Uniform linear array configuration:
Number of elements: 48
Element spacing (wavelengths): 0.5
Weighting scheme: hann
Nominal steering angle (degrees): -30
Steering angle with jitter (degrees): -29.31
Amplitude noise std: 0.05
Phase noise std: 0.05

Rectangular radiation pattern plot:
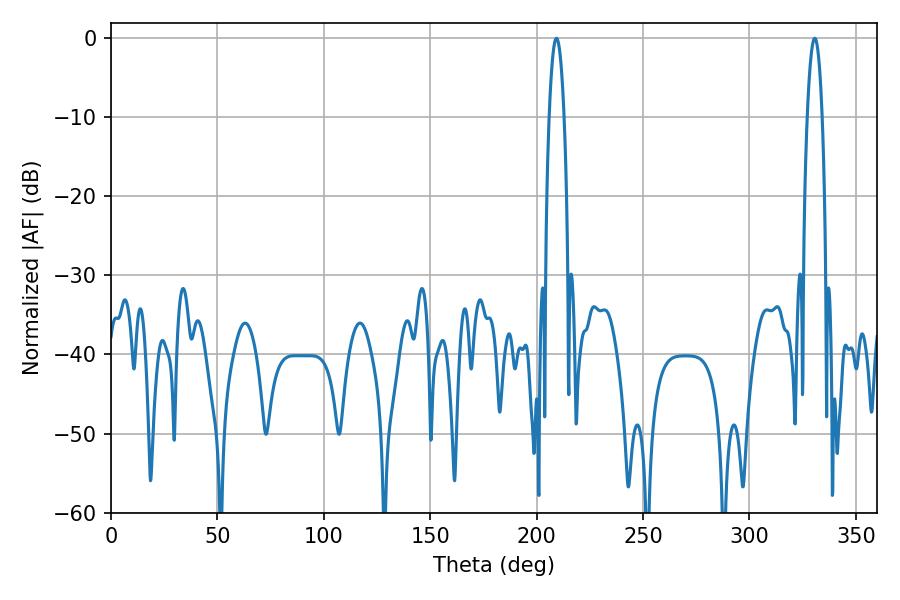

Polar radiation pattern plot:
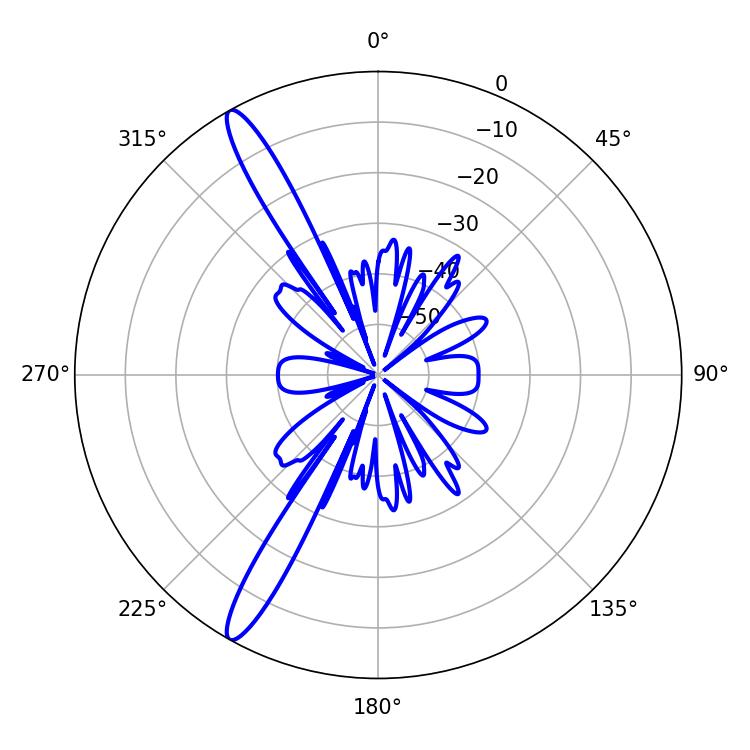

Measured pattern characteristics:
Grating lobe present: FALSE
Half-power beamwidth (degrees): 3.96
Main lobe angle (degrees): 209.34